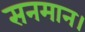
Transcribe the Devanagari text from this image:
सनमान।